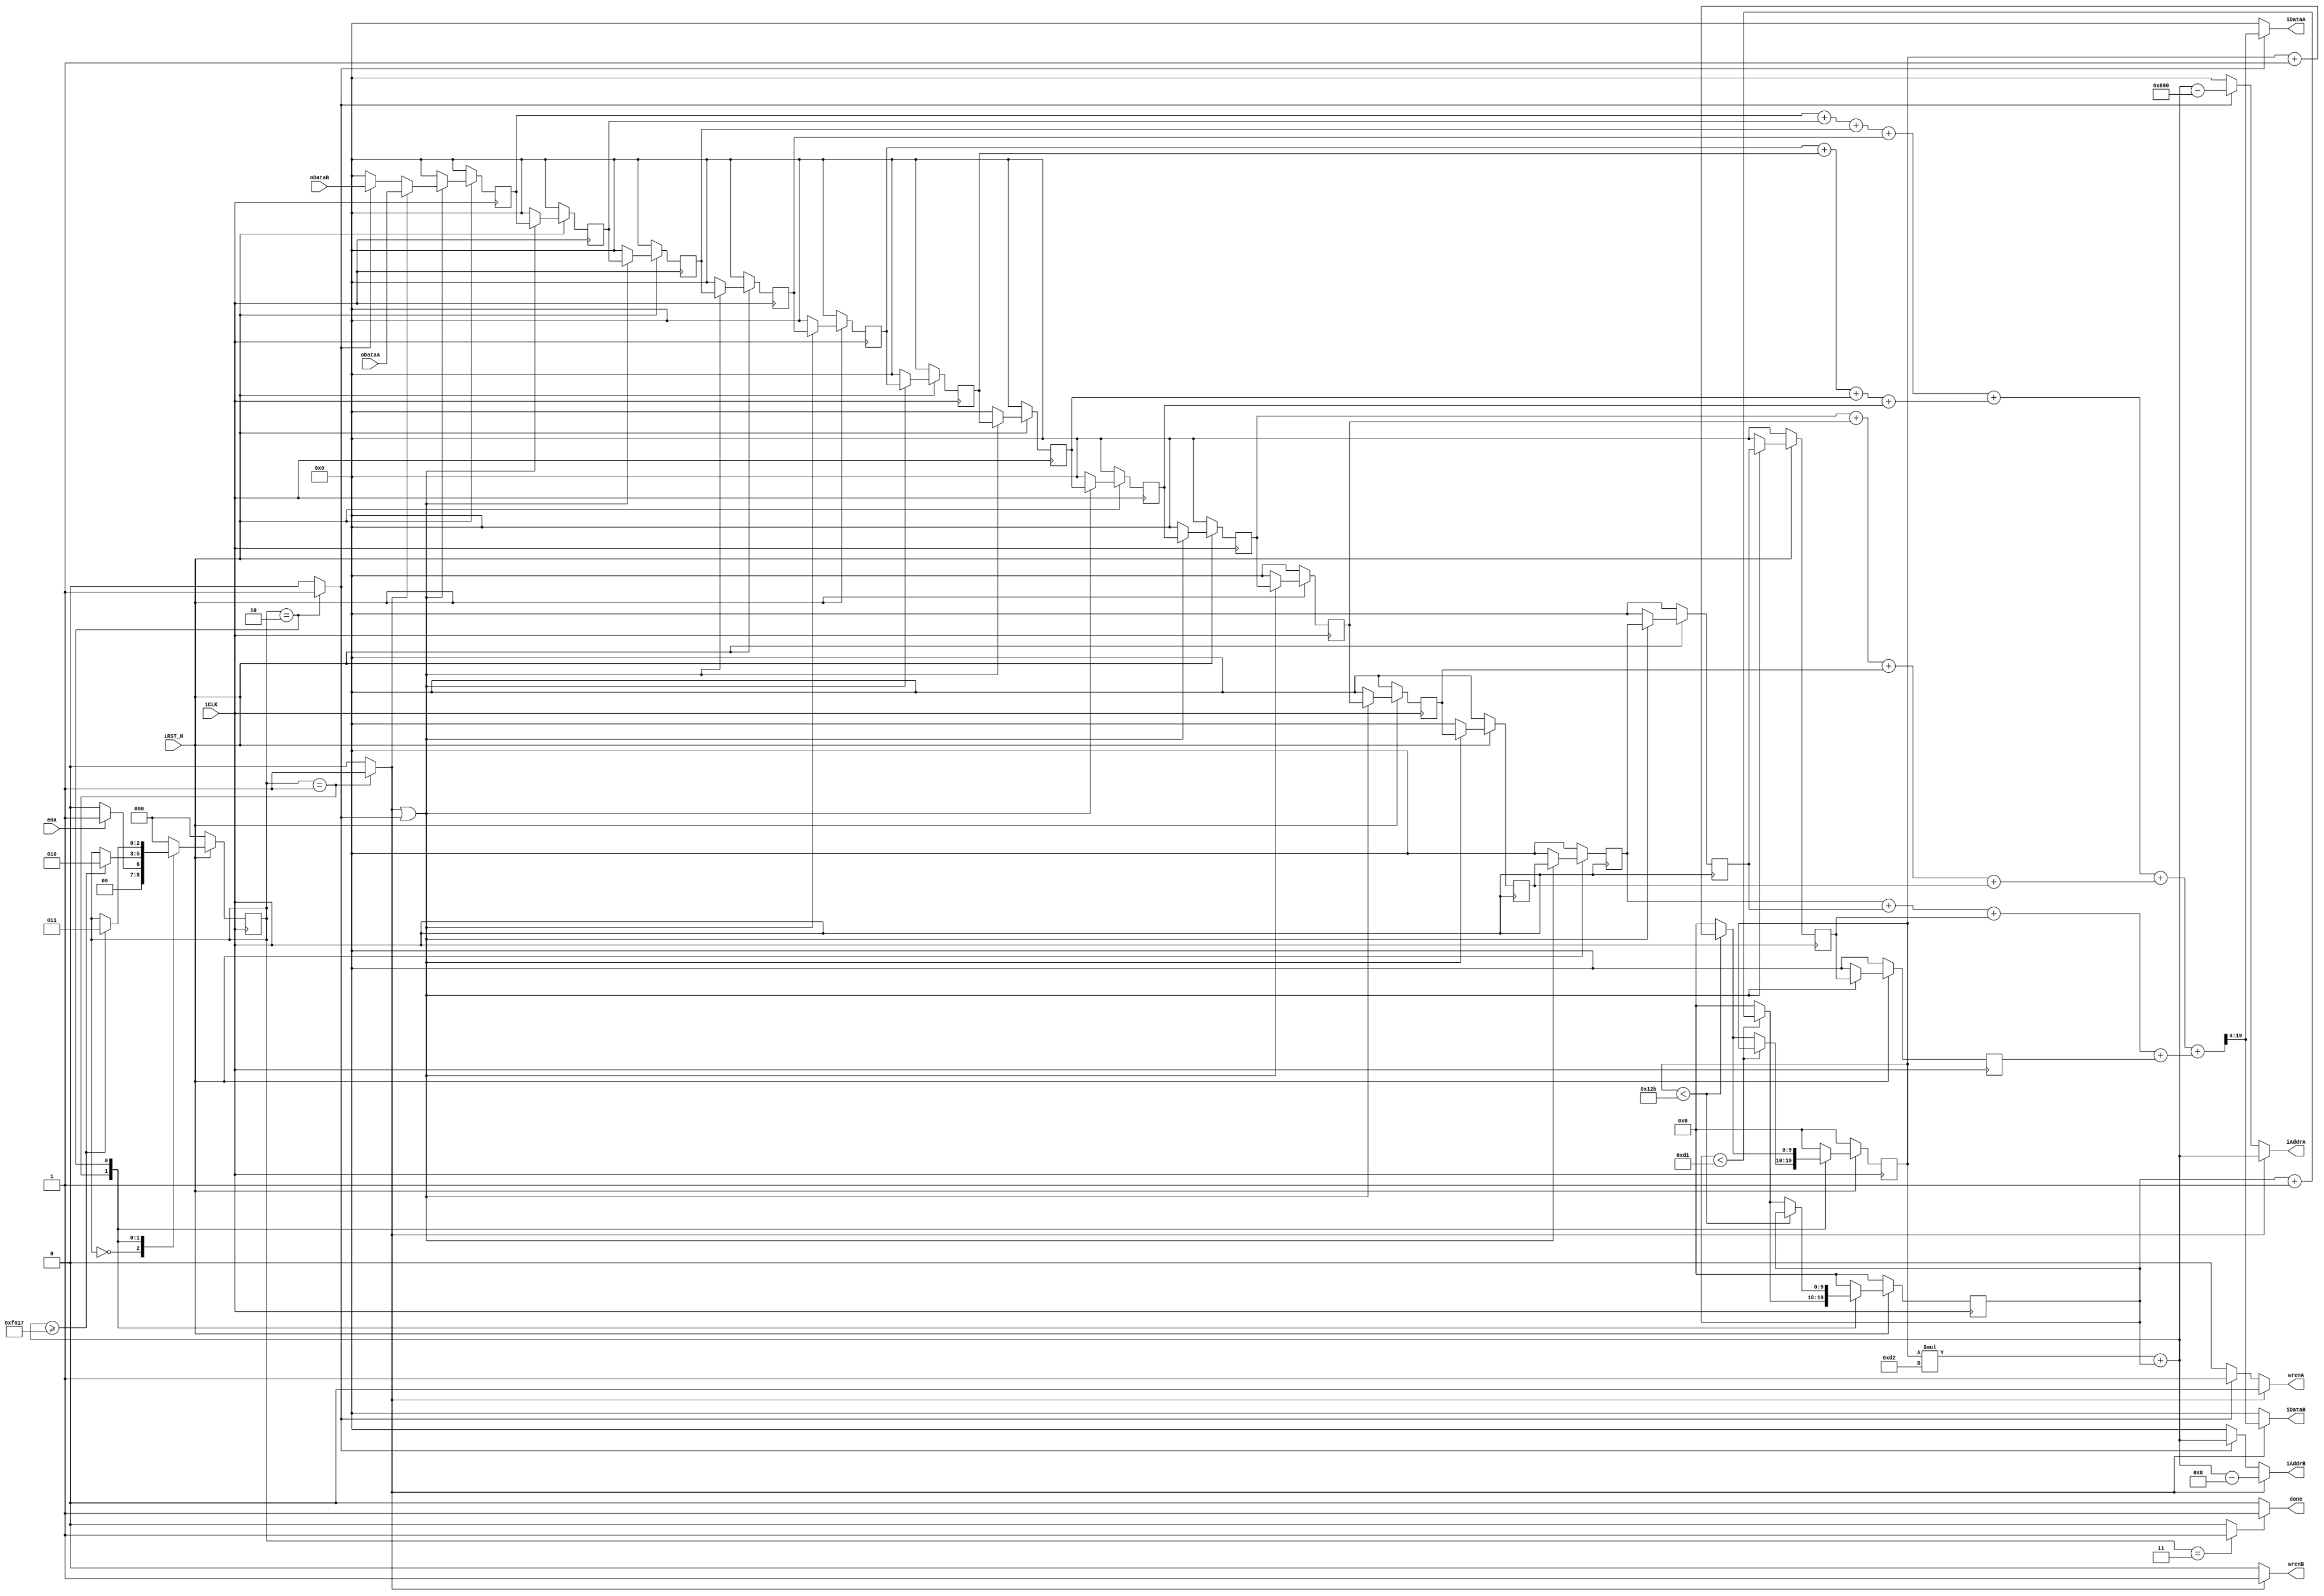
module blur
(
    input ena,
    output done,
    
    input iCLK,
    input iRST_N,
    
    input [15:0] oDataA,
    input [15:0] oDataB,
   
    output wrenA,
    output wrenB,
    output [15:0] iAddrA,
    output [15:0] iAddrB,
    output [15:0] iDataA,
    output [15:0] iDataB
);

reg [2:0] STATUS;

wire s0,s1,s2,s3;
assign s0 = (STATUS==0) ? 1 : 0;
assign s1 = (STATUS==1) ? 1 : 0;
assign s2 = (STATUS==2) ? 1 : 0;
assign s3 = (STATUS==3) ? 1 : 0;

reg [15:0] databuf [0:15];
reg [9:0] row;
reg [9:0] col;

wire [15:0] iAddr;
assign iAddr = row * 210 + col;

wire [15:0] data;
wire [17:0] sum4 [0:3];
wire [19:0] sum;

integer i;
genvar j; 

generate
    for(j=0;j<4;j=j+1) begin:adder
        assign sum4[j] = databuf[j*4+0] + databuf[j*4+1] + databuf[j*4+2] + databuf[j*4+3];
    end
endgenerate
  
assign sum = sum4[0] + sum4[1] + sum4[2] + sum4[3];

assign done   = s3 ? 1 : 0;
assign data   = s1 ? oDataA : 
                s2 ? oDataB : 0;
assign wrenA  = s1 ? 0 : 
                s2 ? 1 : 0;
assign wrenB  = s1 ? 1 : 
                s2 ? 0 : 0;
assign iDataA = s2 ? sum[19:4] : 0;
assign iDataB = s1 ? sum[19:4] : 0;
assign iAddrA = s1 ? iAddr :
                s2 ? iAddr - 8*210 : 0;
assign iAddrB = s1 ? iAddr - 8 :
                s2 ? iAddr : 0;


always @(posedge iCLK)	begin
	if(!iRST_N)	begin
        for(i=0;i<16;i=i+1) begin
            databuf[i] <= 0;
        end
    end
    else if(s1||s2) begin
        databuf[0] <= data;
        for(i=0;i<16-1;i=i+1) begin
            databuf[i+1] <= databuf[i];
        end
    end
    else begin
        for(i=0;i<16;i=i+1) begin
            databuf[i] <= 0;
        end
    end
end

always @(posedge iCLK)	begin
	if(!iRST_N)	begin
        row <= 0;
        col <= 0;
    end
    else begin
        case(STATUS)
        1: begin
            if(col < 210 - 1) begin
                col <= col + 1;
            end
            else if (row < 300 - 1) begin
                row <= row + 1;
                col <= 0;
            end
            else begin
                row <= 0;
                col <= 0;
            end
        end

        2: begin
            if(row < 300 - 1) begin
                row <= row + 1;
            end
            else if (col < 210 - 1) begin
                col <= col + 1;
                row <= 0;
            end
            else begin
                row <= 0;
                col <= 0;
            end
        end
        
        default: begin 
            row <= 0;
            col <= 0;
        end
            
        endcase
    end
end
                

always @(posedge iCLK)	begin
	if(!iRST_N)	begin
        STATUS <= 0;
    end
    else begin
        case(STATUS)
        0: begin
            if(ena) begin
                STATUS <= 1;
            end
            else begin
                STATUS <= 0;
            end
        end
        
        1: begin
            if(iAddr >= 300*210 - 1) begin
                STATUS <= 2;
            end
        end

        2: begin
            if(iAddr >= 300*210 - 1) begin
                STATUS <= 3;
            end
        end
        
        3: begin
            STATUS <= 0; 
        end
        
        default: begin 
            STATUS <= 0; 
        end
            
        endcase
    end
end


endmodule